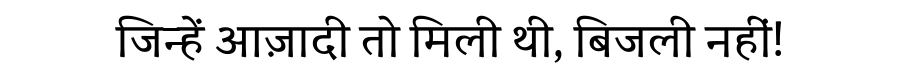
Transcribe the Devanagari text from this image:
जिन्हें आज़ादी तो मिली थी, बिजली नहीं!